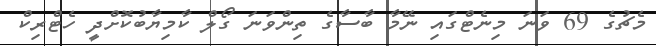
މެޗުގެ 69 ވަނަ މިނެޓްގައި ނޭމާ ބާސާގެ ތިންވަނަ ގޯލް ކާމިޔާބުކޮށްދީ ހެޓްރިކް